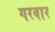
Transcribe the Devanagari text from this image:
गरवार